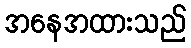
အနေအထားသည်